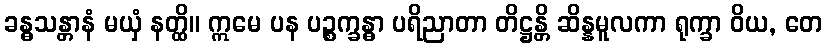
ခန္ဓသန္တာနံ မယှံ နတ္ထိ။ ဣမေ ပန ပဉ္စက္ခန္ဓာ ပရိညာတာ တိဋ္ဌန္တိ ဆိန္နမူလကာ ရုက္ခာ ဝိယ, တေ